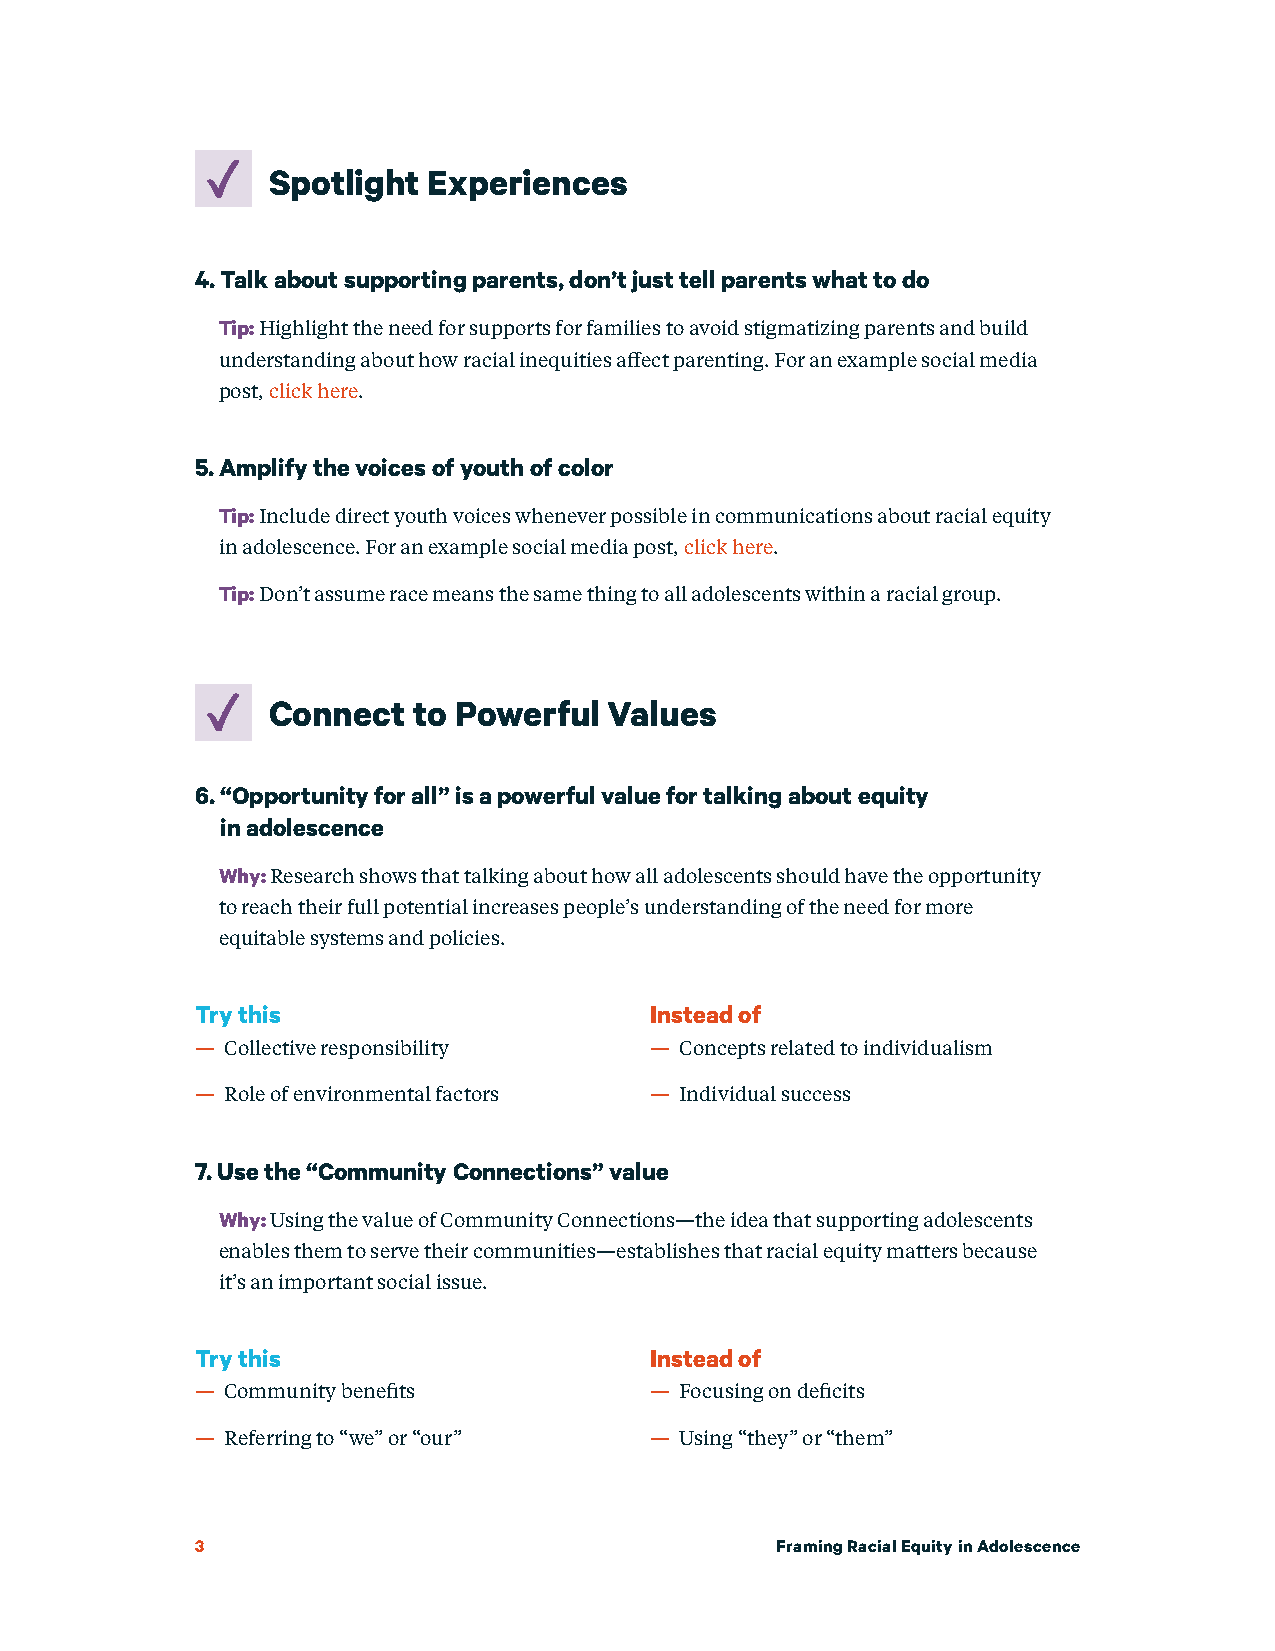
Spotlight Experiences
 4. Talk about supporting parents, don’t just tell parents what to do
 Tip: Highlight the need for supports for families to avoid stigmatizing parents and build
 understanding about how racial inequities affect parenting. For an example social media
 post, click here.
 5. Amplify the voices of youth of color
 Tip: Include direct youth voices whenever possible in communications about racial equity
 in adolescence. For an example social media post, click here.
 Tip: Don’t assume race means the same thing to all adolescents within a racial group.
 Connect  to Powerful  Values
 6. “Opportunity for all” is a powerful value for talking about equity
 in adolescence
 Why: Research shows that talking about how all adolescents should have the opportunity
 to reach their full potential increases people’s understanding of the need for more
 equitable systems and policies.
 Try this                      Instead of
 — Collective responsibility   — Concepts related to individualism
 — Role of environmental factors — Individual success
 7. Use the “Community Connections” value
 Why: Using the value of Community Connections—the idea that supporting adolescents
 enables them to serve their communities—establishes that racial equity matters because
 it’s an important social issue.
 Try this                      Instead of
 — Community benefits          — Focusing on deficits
 — Referring to “we” or “our”  — Using “they” or “them”
 3                                     Framing Racial Equity in Adolescence